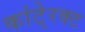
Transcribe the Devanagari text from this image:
कांटे्रक्ट